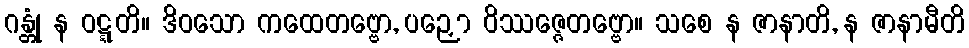
ဂန္တုံ န ဝဋ္ဋတိ။ ဒိဝသော ကထေတဗ္ဗော, ပဉှော ဝိဿဇ္ဇေတဗ္ဗော။ သစေ န ဇာနာတိ, န ဇာနာမီတိ